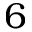
6